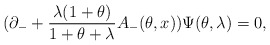
\begin{align*}(\partial _{-}+\frac{\lambda (1+\theta )}{1+\theta +\lambda}A_{-}(\theta ,x))\Psi (\theta , \lambda)=0,\end{align*}